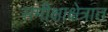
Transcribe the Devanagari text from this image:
समीक्षाक्षेत्रात